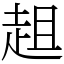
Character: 趄